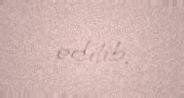
edilib.